Annual report of lunatic asylums [Bombay] - 1912-1922
Year: 1912
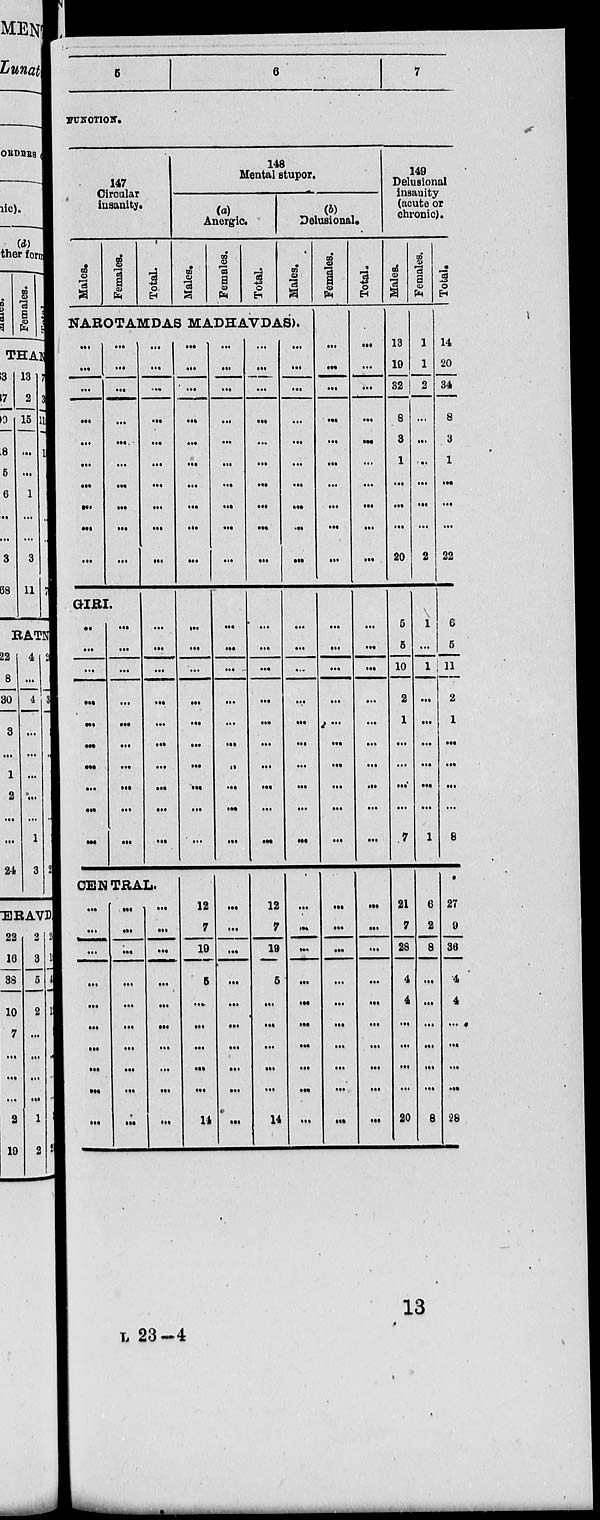
5
6
7
FUNCTION.
147
Circular
insanity.
Males.
Females.
Total.
148
Mental stupor.
(a)
Anergic
Males.
Females.
Total.
(b)
Delusional.
Males.
NAROTAMDAS MADHAVDAS).
...
...
...
...
...
...
...
...
...
...
...
...
...
...
...
...
...
...
...
...
GIRI.
...
...
...
...
...
...
...
...
...
...
...
...
...
...
...
...
...
...
...
...
...
...
...
...
...
...
...
...
...
...
...
...
...
...
...
...
...
...
...
...
CENTRAL.
...
...
...
...
...
...
...
...
...
...
...
...
...
...
...
...
...
...
...
...
...
...
...
...
...
...
...
...
...
...
...
...
...
...
...
...
...
...
...
...
...
...
...
...
...
...
...
...
...
...
12
7
19
5
...
...
...
...
...
14
...
...
...
...
...
...
...
...
...
...
...
...
...
...
...
...
...
...
...
...
...
...
...
...
...
...
...
...
...
...
...
...
...
...
...
...
...
...
...
...
...
...
...
...
...
...
...
...
...
...
12
7
19
5
...
...
...
...
...
14
...
...
...
...
...
...
...
...
...
...
...
...
...
...
...
...
...
...
...
...
...
...
...
...
...
...
...
...
...
...
Females.
...
...
...
...
...
...
...
...
...
...
...
...
...
...
...
...
...
...
...
...
...
...
...
...
...
...
...
...
...
...
Total.
...
...
...
...
...
...
...
...
...
...
...
...
...
...
...
...
...
...
...
...
...
...
...
...
...
...
...
...
...
...
149
Delusional
insanity
(acute or
chronic).
Males.
13
19
32
8
3
1
...
...
...
20
5
5
10
2
1
...
...
...
...
7
21
7
28
4
4
...
...
...
...
20
Females.
1
1
2
...
...
...
...
...
...
2
1
...
1
...
...
...
...
...
...
1
6
2
8
...
...
...
...
...
...
8
Total.
14
20
34
8
3
1
...
...
...
22
6
5
11
2
1
...
...
...
...
8
27
9
36
4
4
...
...
...
...
28
13
L 23—4